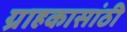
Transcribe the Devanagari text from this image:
ग्राहकासांठी